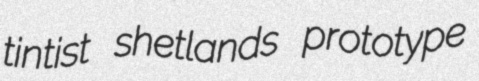
tintist shetlands prototype